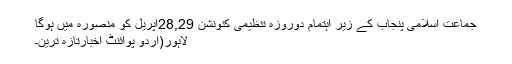
جماعت اسلامی پنجاب کے زیر اہتمام دوروزہ تنظیمی کنونشن 28,29اپریل کو منصورہ میں ہوگا
لاہور(اُردو پوائنٹ اخبارتازہ ترین۔